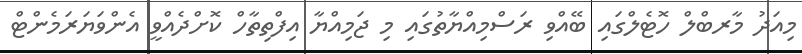
މިއަދު މާރބްލް ހޮޓެލްގައި ބޭއްވި ރަސްމިއްޔާތުގައި މި ޖަމިއްޔާ އިފްތިތާހް ކޮށްދެއްވީ އެންވަޔަރަމެންޓް